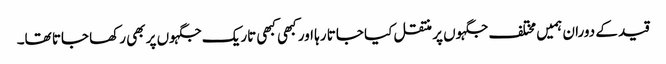
قید کے دوران ہمیں مختلف جگہوں پر منتقل کیا جاتا رہا اور کبھی کبھی تاریک جگہوں پر بھی رکھا جاتا تھا۔